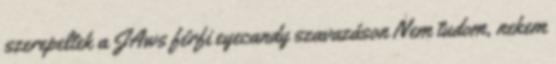
szerepeltek a JAws férfi eyecandy szavazáson Nem tudom, nekem